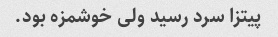
پیتزا سرد رسید ولی خوشمزه بود.